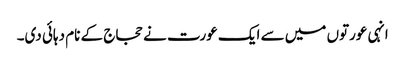
انہی عورتوں میں سے ایک عورت نے حجاج کے نام دہائی دی۔